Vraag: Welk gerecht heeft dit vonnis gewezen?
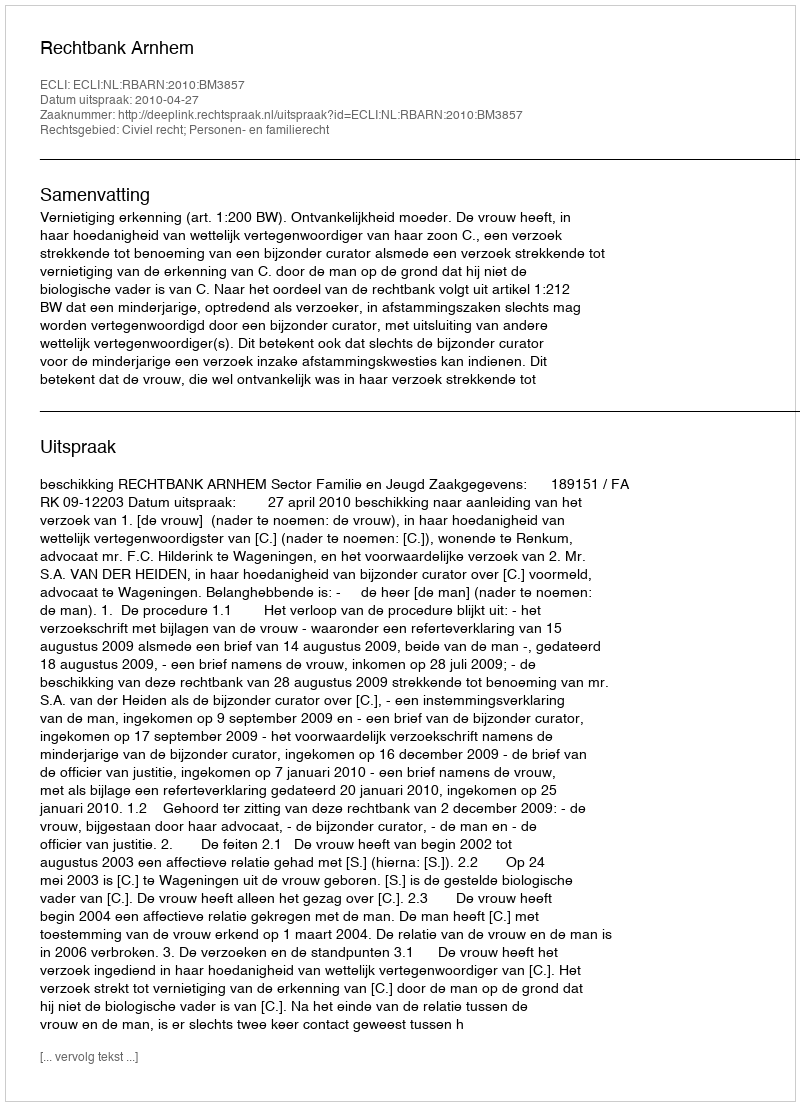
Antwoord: Rechtbank Arnhem